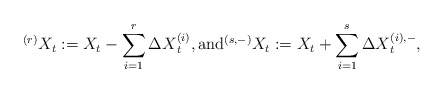
\begin{align*} {}^{(r)} X_t:= X_t- \sum_{i=1}^r {\Delta X}_t^{(i)} , {\rm and} {}^{(s,-)} X_t:= X_t + \sum_{i=1}^s {\Delta X}_t^{(i),-},\end{align*}